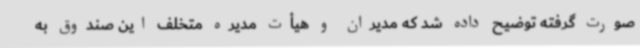
صورت گرفته توضیح داده شد که مدیران و هیأت مدیره متخلف این صندوق به